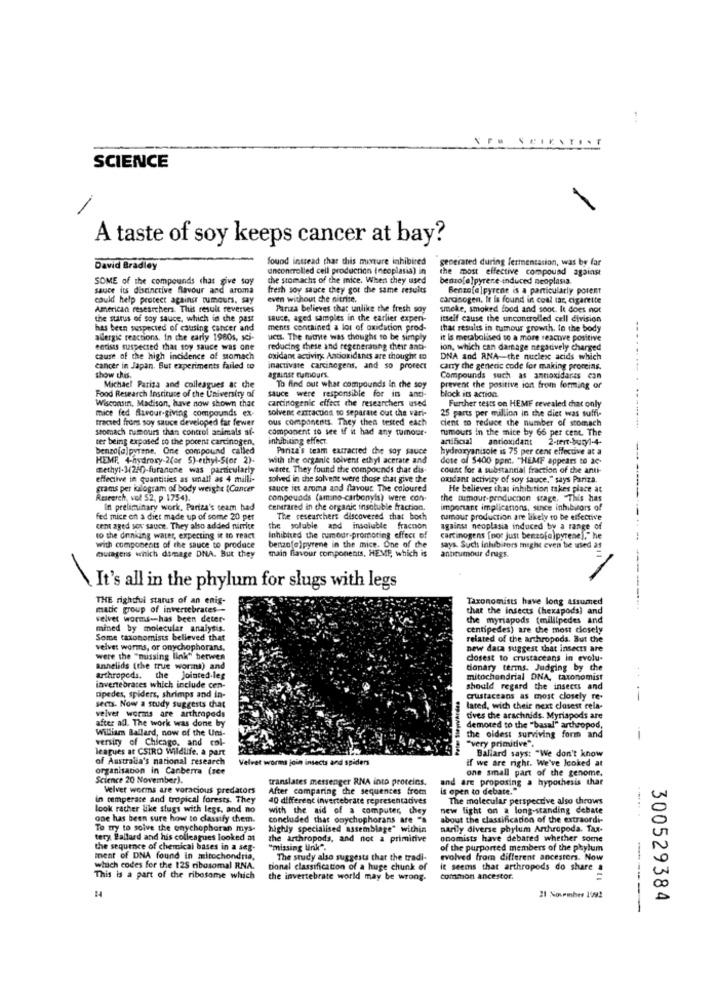
SCIENT
. 7
SCIENCE
A taste of soy keeps cancer at bay?
found instead that this monture inhibired
generated during fermentation, was by far
David Bradley
uncontrolled cell production (neoplasia) in
the most effective compound against
SOME of the compounds that give soy
the stomachs of the mice. When they used
benzo[a]pyrene induced neoplasia.
sauce its distinctive flavour and aroma
fresh soy sauce they got the same results
Benzo[@]pyrene is a particularly porent
could help protect against tumours. say
even without the nitrite.
carcinogen. It is found in coal tar, cigarette
American researchers. This result reverses
Parza believes that unlike the fresh soy
smeke, smoked food and sooc. It does not
the starus of soy sauce, which in the past
sauce, aged samples in che earlier expen-
itself cause the uncontrolled cell division
has been suspected of causing cancer and
ments contained a lot of oxidation prod-
that results in tumour growth. to the body
allergic reactions. In the early 1980s, sei-
ucts. The niente was thought to be simply
it is metabolised to a more reactive positive
entisis suspected that soy sauce was one
reducing these and regeneraung their anti-
ion, which can damage negatively charged
cause of the high incidence of stomach
oxidant activiry Antioxidans are thought to
DNA and ANA-the nucleic acids which
cancer in Japan. But experiments failed to
inactivate carcinogens, and so prorect
carry the genetic code for making proreins.
show this.
against rumours.
Compounds such as annoxidares con
Michael Parisa and colleagues at the
To find out what compounds in the soy
prevent the positive ion from forming of
Food Research Institute of the University of
Wisconsin, Madison, have now shown that
sauce were responsible for is anti-
carcinogenic effect the researchers used
block its action.
Further tests on HEME revealed that only
mice fed flavour-giving compounds ex-
solvent extractos to separate out the vari-
traced front soy sauce developed far fewer
ous components. They then tested each
cient to reduce the number of stomach
25 parts per million in the diet was suffi-
stomach rumours than control animals af-
component 16 see if it had any tumour-
rumours in the mice by 66 per cent. The
ter being exposed to the porent carcinogen,
inhibiting effect.
artificial
antioxidant
benzo[a]pyrene. One compound called
Pariza's team extracted the soy sauce
hydroxyanisole is 75 per cent effective at a
HEMF. 4-hydroxy-2(or S)-ethyl-Stor 2).
with the organic solvent ethyl acetate and
dose of $400 ppm. "HEMF appears to ac-
methyl-3(240-furanone was particularly
waree They found the compounds that dis.
count for a substantial fraction of the anti-
effective in quantities as small as 4 milli-
solved in the solvent were those that give the
oxidant activity of soy sauce," says Pariza.
grams per iulogram of body weight (Cancer
sauce its aroma and flavour The coloured
He believes chat inhibition takes place at
Research, vol 52. p 1754).
compounds (amino-carbonyls) were con-
the cumour penduchen stage. "This has
In preliminary work, Partza's team had
Centrared in the organic insoluble fraction.
important implications, since Inhibitors of
fed mice on a diet made up of some 20 per
The researchers discovered that boch
cuamour production are likely to be effective
cent aged sos sauce. They also added nimrice
the soluble and insoluble fracnon
against neoplasia induced by a range of
to the drinking water, expecting it to react
Inhibited the tumodr-promoting effect of
carcinogens [noc just benzofa)pyrene]," he
with components of the sauce to produce
muragens which damage DNA. But they
benzo[@]pyrene in the mice. One of the
main flavour components, HEME, which is
says. Such inlubirors might even be used as
anbrumour drugs.
It's all in the phylum for slugs with legs
THE rightful starus of an enig-
Taxonomists have long assumed
matic group of invertebrates -
that the insects (hexapods) and
------.
velvet worms -- has been deter-
the myriapods (millipedes and
mined by molecular analysis.
centipedes) are the most closely
Some taxonomists believed that
related of the arthropoda. But the
velvet worms, or onychophorans,
new data suggest that insects are
were the "missing link" betwen
dosest to crustaceans in evolu-
annelids (the true wormi) and
tionary terms. Judging by the
arthropods.
the jointed.leg
mitochondrial DNA, taxonomist
invertebrates which include cen-
cipedes, spiders, shrimps and in-
Peter SteprvArdaa
should regard the insects and
crustaceans as most closely re-
--
sects. Now a study suggests that
velvet worms are arthropods
lared, with their next closest cela-
after all. The work was done by
tives the arachnids. Myriapods are
William Ballard, now of the Uns-
demored to the "basal" arthropod,
versiry of Chicago, and col-
the oldest surviving form and
leagues at CSIRO Wildlife, a part
"very primitive".
Ballard says: "We don't know
of Australia's national research
Velvet worms join insects and spiders
if we are right. We've looked at
organisation in Canberra (see
one small part of the genome.
Science 20 November).
translates messenger RNA into proteins.
and are proposing a hypothesis that
Velvet worms are voracious predators
After comparing the sequences from
is open to debate."
In temperate and tropical forests. They
40 different invertebrate representatives
The molecular perspective also throws
look rather like slugs with legs, and no
with the aid of a computer, they
new light on a long-standing debate
one has been sure how to classify them.
concluded that onychophorans are "s
about the classification of the extraordi-
To try to solve the onychophoran mys-
highly specialised assemblage" within
narily diverse phylum Arthropoda. Tax-
tery Ballard and his colleagues looked at
the arthropods, and not a primitive
onomists have debared whether some
the sequence of chemical bases in a seg-
"missing link".
of the purported members of the phylum
ment of DNA found In mitochondria,
The study also suggests that the tradi-
evolved from different ancestors. Now
which codes for the 125 ribosomal RNA.
tional classification of a huge chunk of
it seems that arthropods do share .
This is a part of the ribosome which
the invertebrate world may be wrong.
common ancestor.
21 November 1'sa2
300529384
------